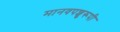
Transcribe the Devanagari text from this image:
मानवपशुरूपी